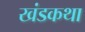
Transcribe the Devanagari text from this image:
खंडकथा